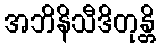
အဘိနိသီဒိတုန္တိ